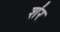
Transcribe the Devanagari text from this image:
श॑र